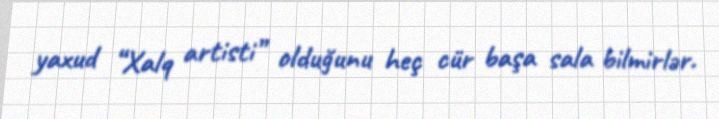
yaxud “Xalq artisti” olduğunu heç cür başa sala bilmirlər.